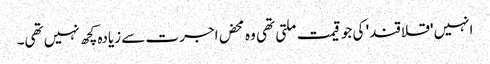
انہیں 'قلاقند' کی جو قیمت ملتی تھی وہ محض اجرت سے زیادہ کچھ نہیں تھی۔